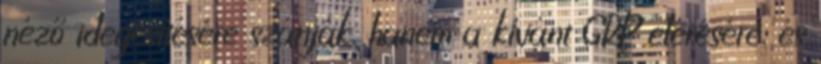
néző idegesítésére szánják, hanem a kívánt GRP elérésére, és